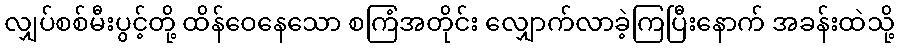
လျှပ်စစ်မီးပွင့်တို့ ထိန်ဝေနေသော စကြံအတိုင်း လျှောက်လာခဲ့ကြပြီးနောက် အခန်းထဲသို့